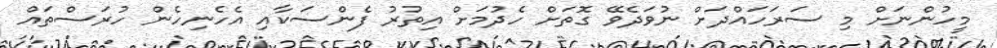
މީހުންނަށް މި ސަރަހައްދަށް ނުވަދެވޭ ގޮތަށް ހެދުމަށް އިތުރު ފެންސަކާއި އެހެނިހެން ހުރަސްތައް